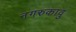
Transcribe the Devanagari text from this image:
नगरुकावु